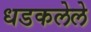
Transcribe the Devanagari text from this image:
धडकलेले